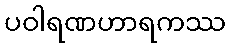
ပဝါရဏဟာရကဿ